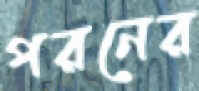
পরনের